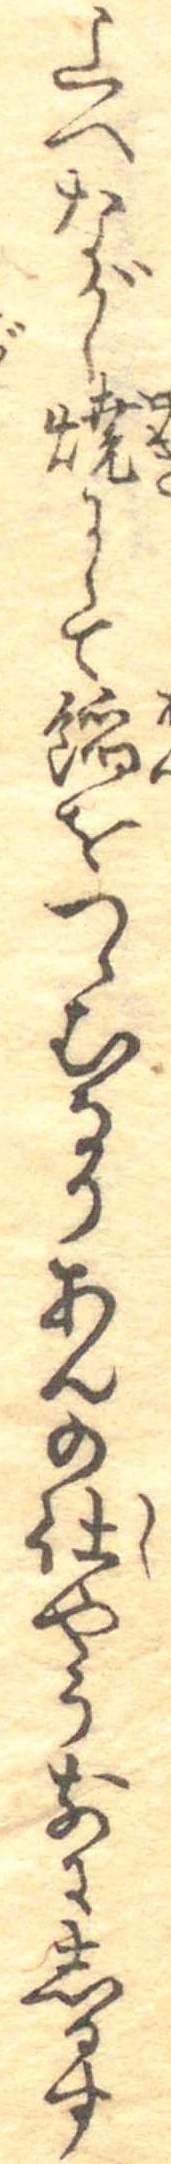
上へながし焼にして餡をつゝむなりあんの仕やう前にしるす